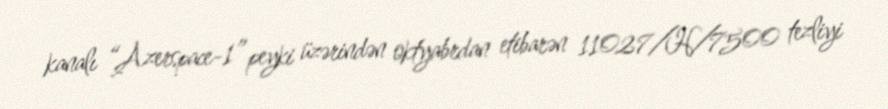
kanalı “Azerspace-1” peyki üzərindən oktyabrdan etibarən 11027/H/7500 tezliyi